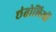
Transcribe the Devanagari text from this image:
छंतोलियों